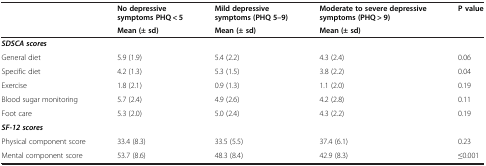
<table><thead><tr><td></td><td><b>No depressive symptoms PHQ &lt; 5</b></td><td><b>Mild depressive symptoms (PHQ 5–9)</b></td><td><b>Moderate to severe depressive symptoms (PHQ &gt; 9)</b></td><td><b>P value</b></td></tr><tr><td></td><td><b>Mean (± sd)</b></td><td><b>Mean (± sd)</b></td><td><b>Mean (± sd)</b></td><td></td></tr></thead><tbody><tr><td><b><i>SDSCA scores</i></b></td><td></td><td></td><td></td><td></td></tr><tr><td>General diet</td><td>5.9 (1.9)</td><td>5.4 (2.2)</td><td>4.3 (2.4)</td><td>0.06</td></tr><tr><td>Specific diet</td><td>4.2 (1.3)</td><td>5.3 (1.5)</td><td>3.8 (2.2)</td><td>0.04</td></tr><tr><td>Exercise</td><td>1.8 (2.1)</td><td>0.9 (1.3)</td><td>1.1 (2.0)</td><td>0.19</td></tr><tr><td>Blood sugar monitoring</td><td>5.7 (2.4)</td><td>4.9 (2.6)</td><td>4.2 (2.8)</td><td>0.11</td></tr><tr><td>Foot care</td><td>5.3 (2.0)</td><td>5.0 (2.4)</td><td>4.3 (2.2)</td><td>0.19</td></tr><tr><td><b><i>SF-12 scores</i></b></td><td></td><td></td><td></td><td></td></tr><tr><td>Physical component score</td><td>33.4 (8.3)</td><td>33.5 (5.5)</td><td>37.4 (6.1)</td><td>0.23</td></tr><tr><td>Mental component score</td><td>53.7 (8.6)</td><td>48.3 (8.4)</td><td>42.9 (8.3)</td><td>≤0.001</td></tr></tbody></table>